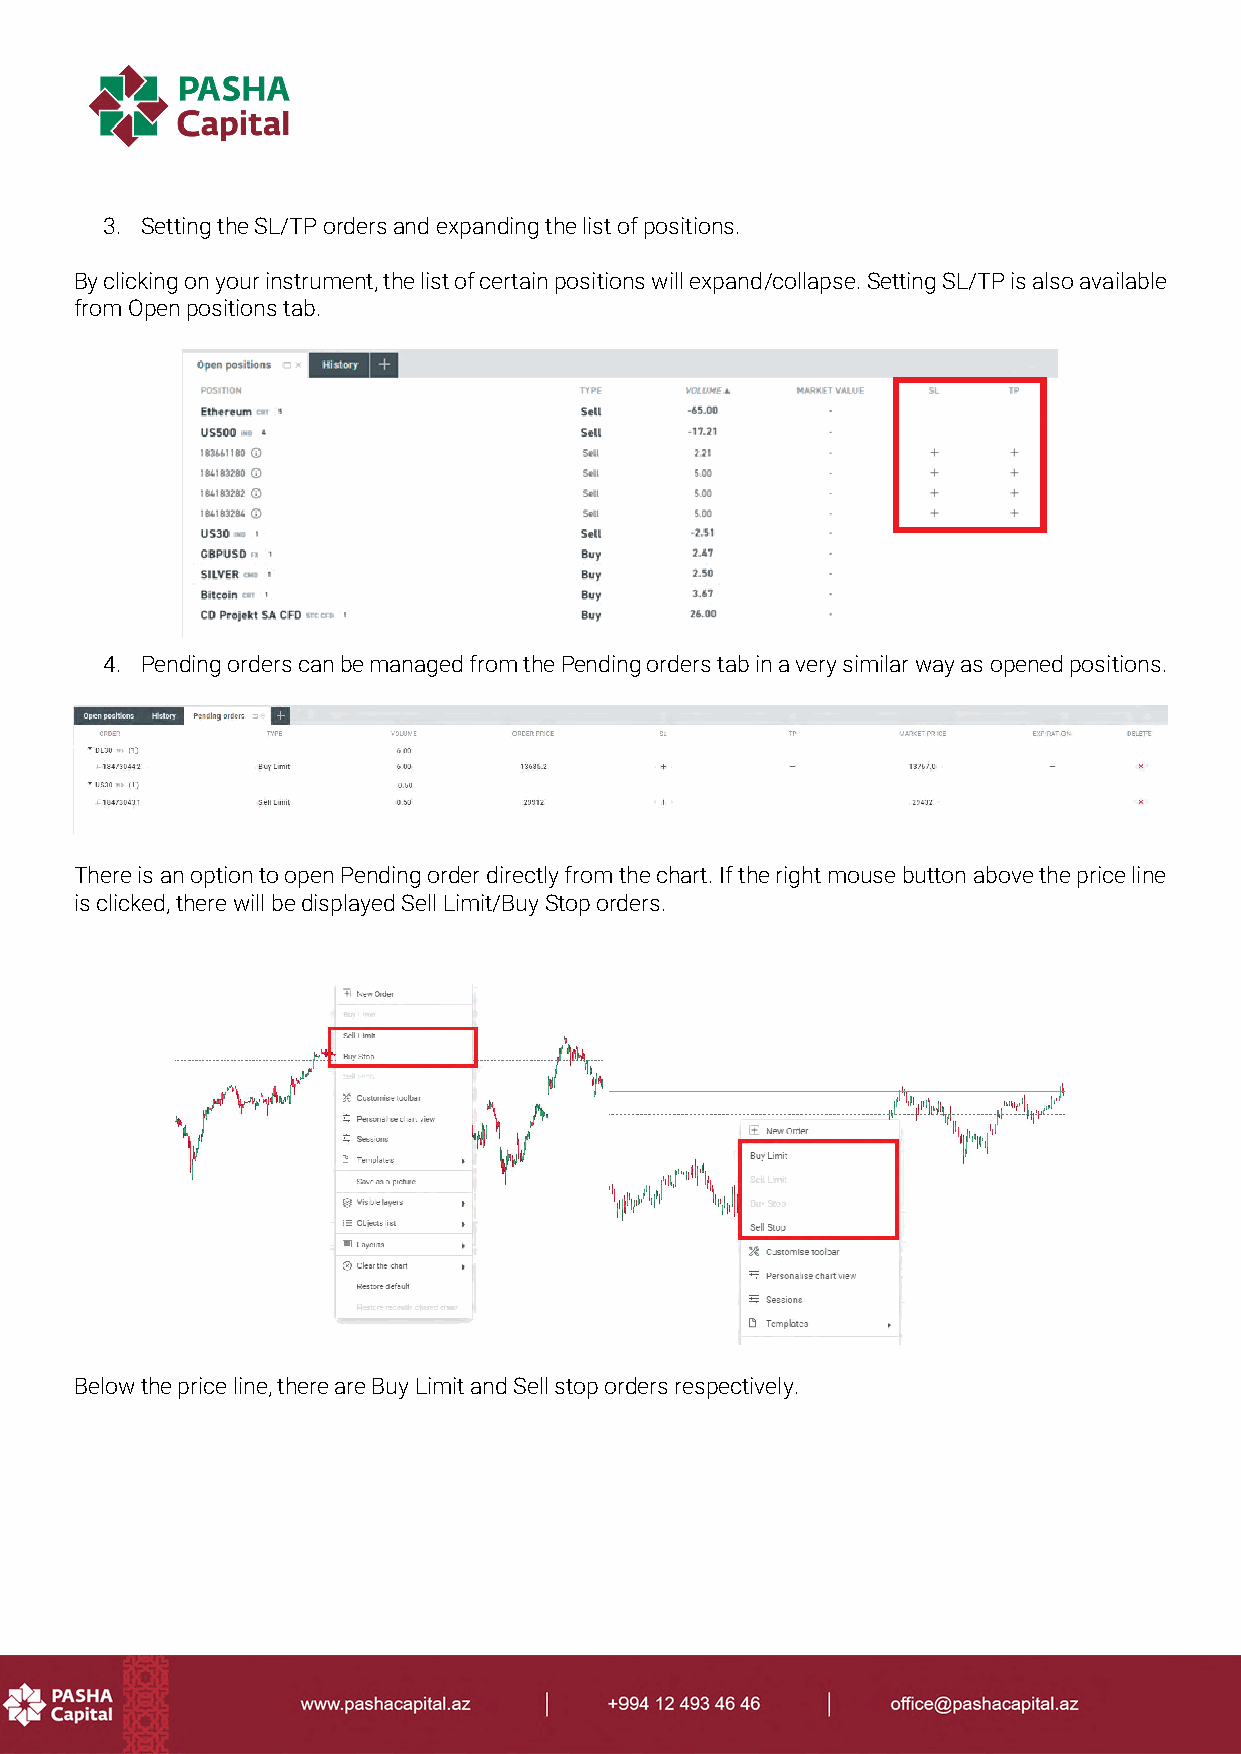
3. Setting the SL/TP orders and expanding the list of positions.
 By clicking on your instrument, the list of certain positions will expand/collapse. Setting SL/TP is also available
 from Open positions tab.
 4. Pending orders can be managed from the Pending orders tab in a very similar way as opened positions.
 There is an option to open Pending order directly from the chart. If the right mouse button above the price line
 is clicked, there will be displayed Sell Limit/Buy Stop orders.
 Below the price line, there are Buy Limit and Sell stop orders respectively.